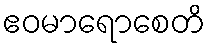
ဧဝမာရောစေတိ